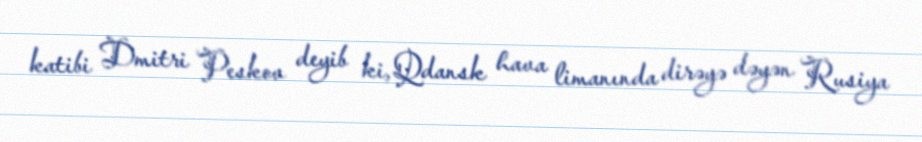
katibi Dmitri Peskov deyib ki, Qdansk hava limanında dirəyə dəyən Rusiya